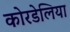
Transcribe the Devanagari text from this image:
कोरडेलिया